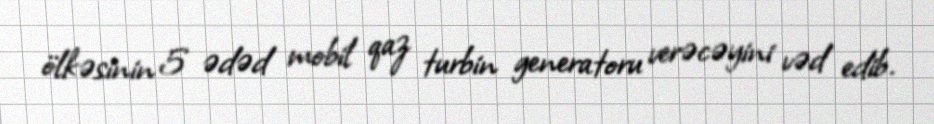
ölkəsinin 5 ədəd mobil qaz turbin generatoru verəcəyini vəd edib.